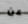
عن